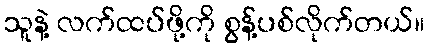
သူနဲ့ လက်ထပ်ဖို့ကို စွန့်ပစ်လိုက်တယ်။